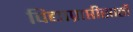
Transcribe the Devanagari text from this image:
विद्याप्राप्तीसाठी